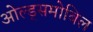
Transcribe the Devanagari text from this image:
ओल्ड्समोबिल